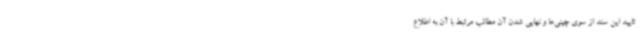
تایید این سند از سوی چینی‌ها و نهایی شدن آن مطالب مرتبط با آن به اطلاع